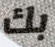
بك